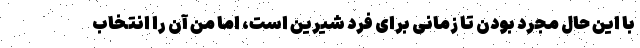
با این حال مجرد بودن تا زمانی برای فرد شیرین است، اما من آن را انتخاب